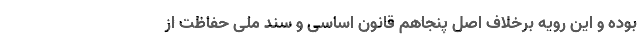
بوده و این رویه برخلاف اصل پنجاهم قانون اساسی و سند ملی حفاظت از